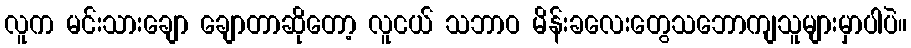
လူက မင်းသားချော ချောတာဆိုတော့ လူငယ် သဘာဝ မိန်းခလေးတွေသဘောကျသူများမှာပါပဲ။